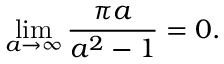
\operatorname* { l i m } _ { a \to \infty } { \frac { \pi a } { a ^ { 2 } - 1 } } = 0 .